Civil Veterinary Dept. Bombay admin report 1932-41 - 1932-1941
Year: 1932
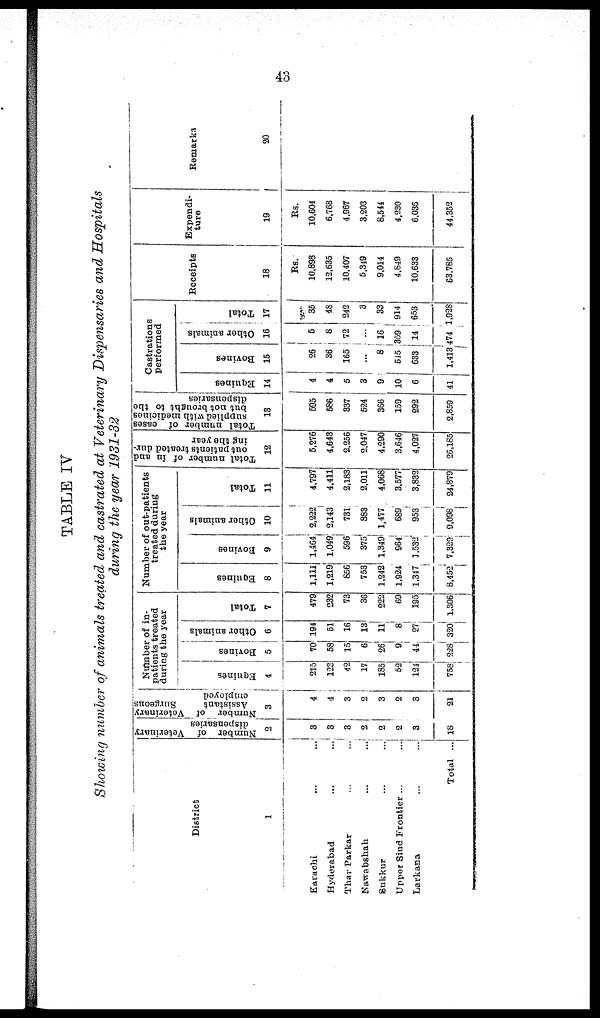
43
TABLE IV
Showing number of animals treated and castrated at Veterinary Dispensaries and Hospitals
during the year 1931-32
District
1
Karachi ... ...
Hyderabad ... ...
Thar Parkar ... ...
Nawabshah ... ...
Sukkur ... ...
Upper Sind Frontier ... ...
Larkana ... ...
Total ...
Number of Veterinary
dispensaries
2
3
3
3
2
2
2
3
18
Number of Veterinary
Assistant
Surgeons
employed
3
4
4
3
2
3
2
3
21
Number of in-
patients treated
during the year
Equines
4
215
123
42
17
185
52
121
758
Bovines
5
70
58
15
6
26
9
44
228
Other animals
6
194
51
16
13
11
8
27
320
Total
7
479
232
73
36
222
69
195
1,306
Number of out-patients
treated during
the year
Equities
8
1,111
1,219
656
753
1,242
1,924
1,347
8,452
Bovines
9
1,464
1,049
596
375
1,349
964
1,532
7,329
Other animals
10
2,222
2,143
731
883
1,477
689
953
9,098
Total
11
4,797
4,411
2,183
2,011
4,068
3,577
3,832
24,879
Total number of in and
out patients treated dur-
ing the year
12
5,276
4,643
2,256
2,047
4,290
3,646
4,027
26,185
Total number of cases
supplied with medicines
but not brought to the
dispensaries
13
595
586
337
524
366
159
292
2,859
Castrations
performed
Equines
14
4
4
5
3
9
10
6
41
Bovines
15
26
36
165
...
8
545
633
1,413
Other animals
16
5
8
72
...
16
359
14
474
Total
17
35
48
242
3
33
914
653
1,928
Receipts
18
Rs.
10,898
12,635
10,407
5,349
9,014
4,849
10,633
63,785
Expendi-
ture
19
Rs.
10,604
6,768
4,967
3,203
6,544
4,230
6,036
44,352
Remarks
20